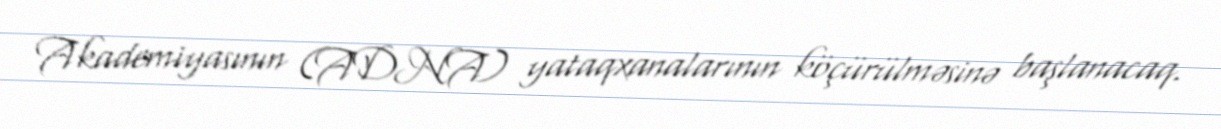
Akademiyasının (ADNA) yataqxanalarının köçürülməsinə başlanacaq.